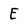
Character: E